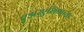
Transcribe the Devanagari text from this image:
एअरएशियाच्या